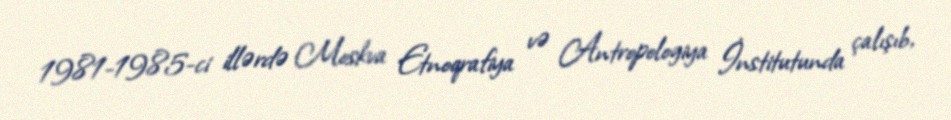
1981-1985-ci illərdə Moskva Etnoqrafiya və Antropologiya İnstitutunda çalışıb,